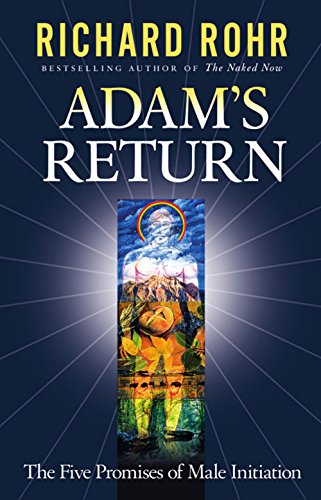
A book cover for Adam's Return: The Five Promises of Male Initiation; Richard Rohr; Christian Books & Bibles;